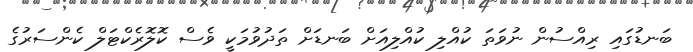
ބަނޑުގައި ރިއްސުން ނުވަތަ ކުއްލި ކުއްލިއަށް ބަނޑަށް ތަދުވުމަކީ ވެސް ކޮލޮރެކްޓަލް ކެންސަރުގެ